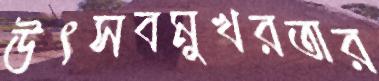
উৎসবমুখরতার